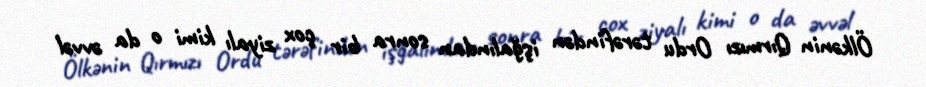
Ölkənin Qırmızı Ordu tərəfindən işğalından sonra bir çox ziyalı kimi o da əvvəl